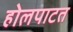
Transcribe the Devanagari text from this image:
होलपाटत